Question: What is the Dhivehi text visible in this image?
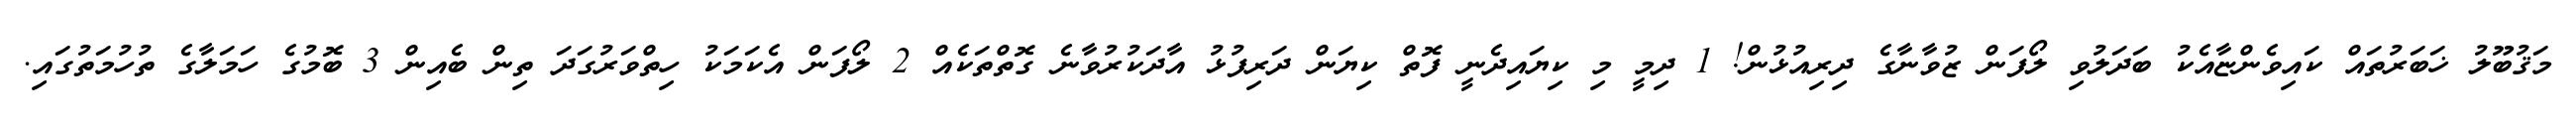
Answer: މަޤުބޫލު ޚަބަރުތައް ކައިވެންޏާއެކު ބަދަލުވި ލޯފަން ޒުވާނާގެ ދިރިއުޅުން! 1 ދިމީ މި ކިޔައިދެނީ ފޮތް ކިޔަން ދަރިފުޅު އާދަކުރުވާނެ ގޮތްތަކެއް 2 ލޯފަން އެކަމަކު ހިތްވަރުގަދަ ތިން ބެއިން 3 ބޮމުގެ ހަމަލާގެ ތުހުމަތުގައި.